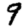
Digit: 9